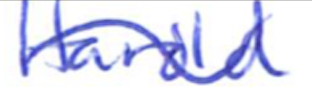
Text: Harold
Cross-out: mix
Writing tool: ballpoint